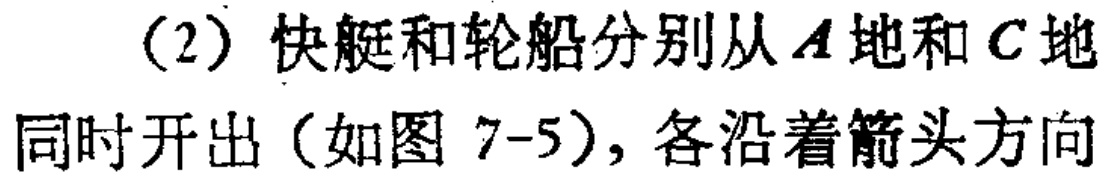
（2）快艇和轮船分别从\(A\)地和\(C\)地同时开出（如图 7-5），各沿着箭头方向